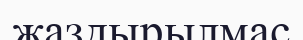
жаздырылмас